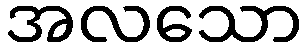
အလသော